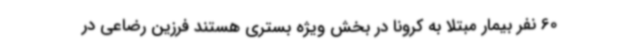
60 نفر بیمار مبتلا به کرونا در بخش ویژه بستری هستند فرزین رضاعی در